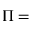
\Pi =